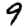
Digit: 9